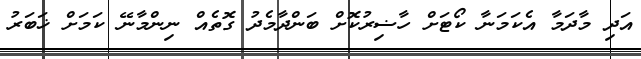
އަދި މާދަމާ އެކަމަނާ ކޯޓަށް ހާޟިރުކޮށް ބަންދާމެދު ގޮތެއް ނިންމާނޭ ކަމަށް ޚަބަރު